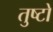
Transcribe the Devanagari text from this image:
तुष्टो